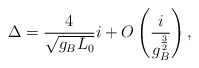
\begin{align*}\Delta = {4\over{\sqrt{g_B L_0}}}i +O\left( {i\over{ g_B^{3\over 2}}} \right) ,\end{align*}